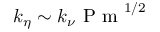
k _ { \eta } \sim k _ { \nu } \textrm { P m } ^ { 1 / 2 }